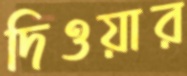
দিওয়ার